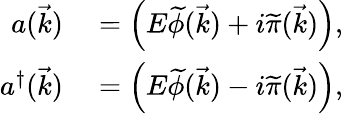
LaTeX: \begin{array}{rl}{a({\vec{k}})}&{{}=\left(E{\widetilde{\phi}}({\vec{k}})+i{\widetilde{\pi}}({\vec{k}})\right),}\\ {a^{\dagger}({\vec{k}})}&{{}=\left(E{\widetilde{\phi}}({\vec{k}})-i{\widetilde{\pi}}({\vec{k}})\right),}\end{array}